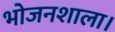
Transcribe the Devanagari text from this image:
भोजनशाला।